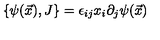
\{ \psi ( \vec { x } ) , J \} = \epsilon _ { i j } x _ { i } \partial _ { j } \psi ( \vec { x } )